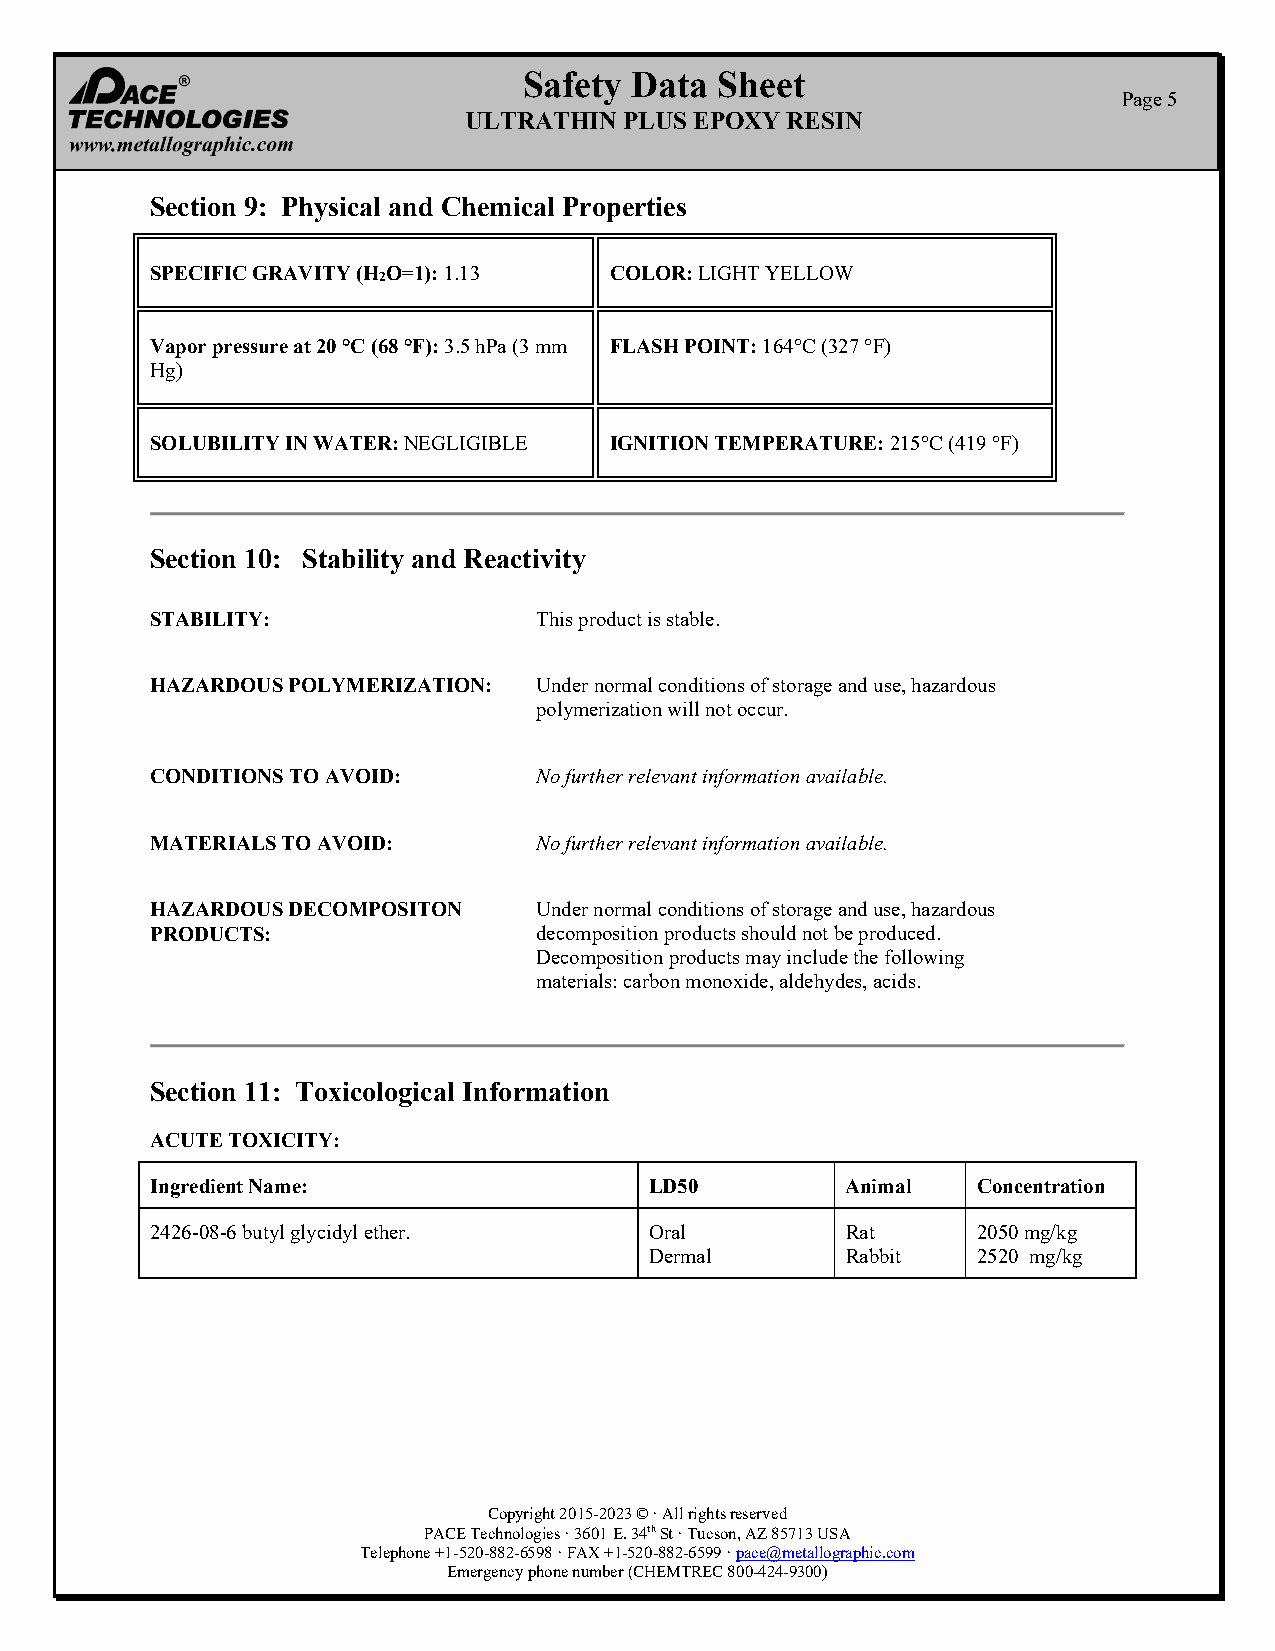
Safety Data  Sheet
 Page 5
 ULTRATHIN PLUS EPOXY RESIN
 Section 9: Physical and Chemical Properties
 SPECIFIC GRAVITY (H2O=1): 1.13 COLOR: LIGHT YELLOW
 Vapor pressure at 20 °C (68 °F): 3.5 hPa (3 mm FLASH POINT: 164°C (327 °F)
 Hg)
 SOLUBILITY IN WATER: NEGLIGIBLE IGNITION TEMPERATURE: 215°C (419 °F)
 Section 10: Stability and Reactivity
 STABILITY:               This product is stable.
 HAZARDOUS POLYMERIZATION: Under normal conditions of storage and use, hazardous
 polymerization will not occur.
 CONDITIONS TO AVOID:     No further relevant information available.
 MATERIALS TO AVOID:      No further relevant information available.
 HAZARDOUS DECOMPOSITON   Under normal conditions of storage and use, hazardous
 PRODUCTS:                decomposition products should not be produced.
 Decomposition products may include the following
 materials: carbon monoxide, aldehydes, acids.
 Section 11: Toxicological Information
 ACUTE TOXICITY:
 Ingredient Name:                 LD50         Animal   Concentration
 2426-08-6 butyl glycidyl ether.  Oral         Rat      2050 mg/kg
 Dermal       Rabbit   2520 mg/kg
 Copyright 2015-2023 © · All rights reserved
 PACE Technologies · 3601 E. 34th St · Tucson, AZ 85713 USA
 Telephone +1-520-882-6598 · FAX +1-520-882-6599 · pace@metallographic.com
 Emergency phone number (CHEMTREC 800-424-9300)